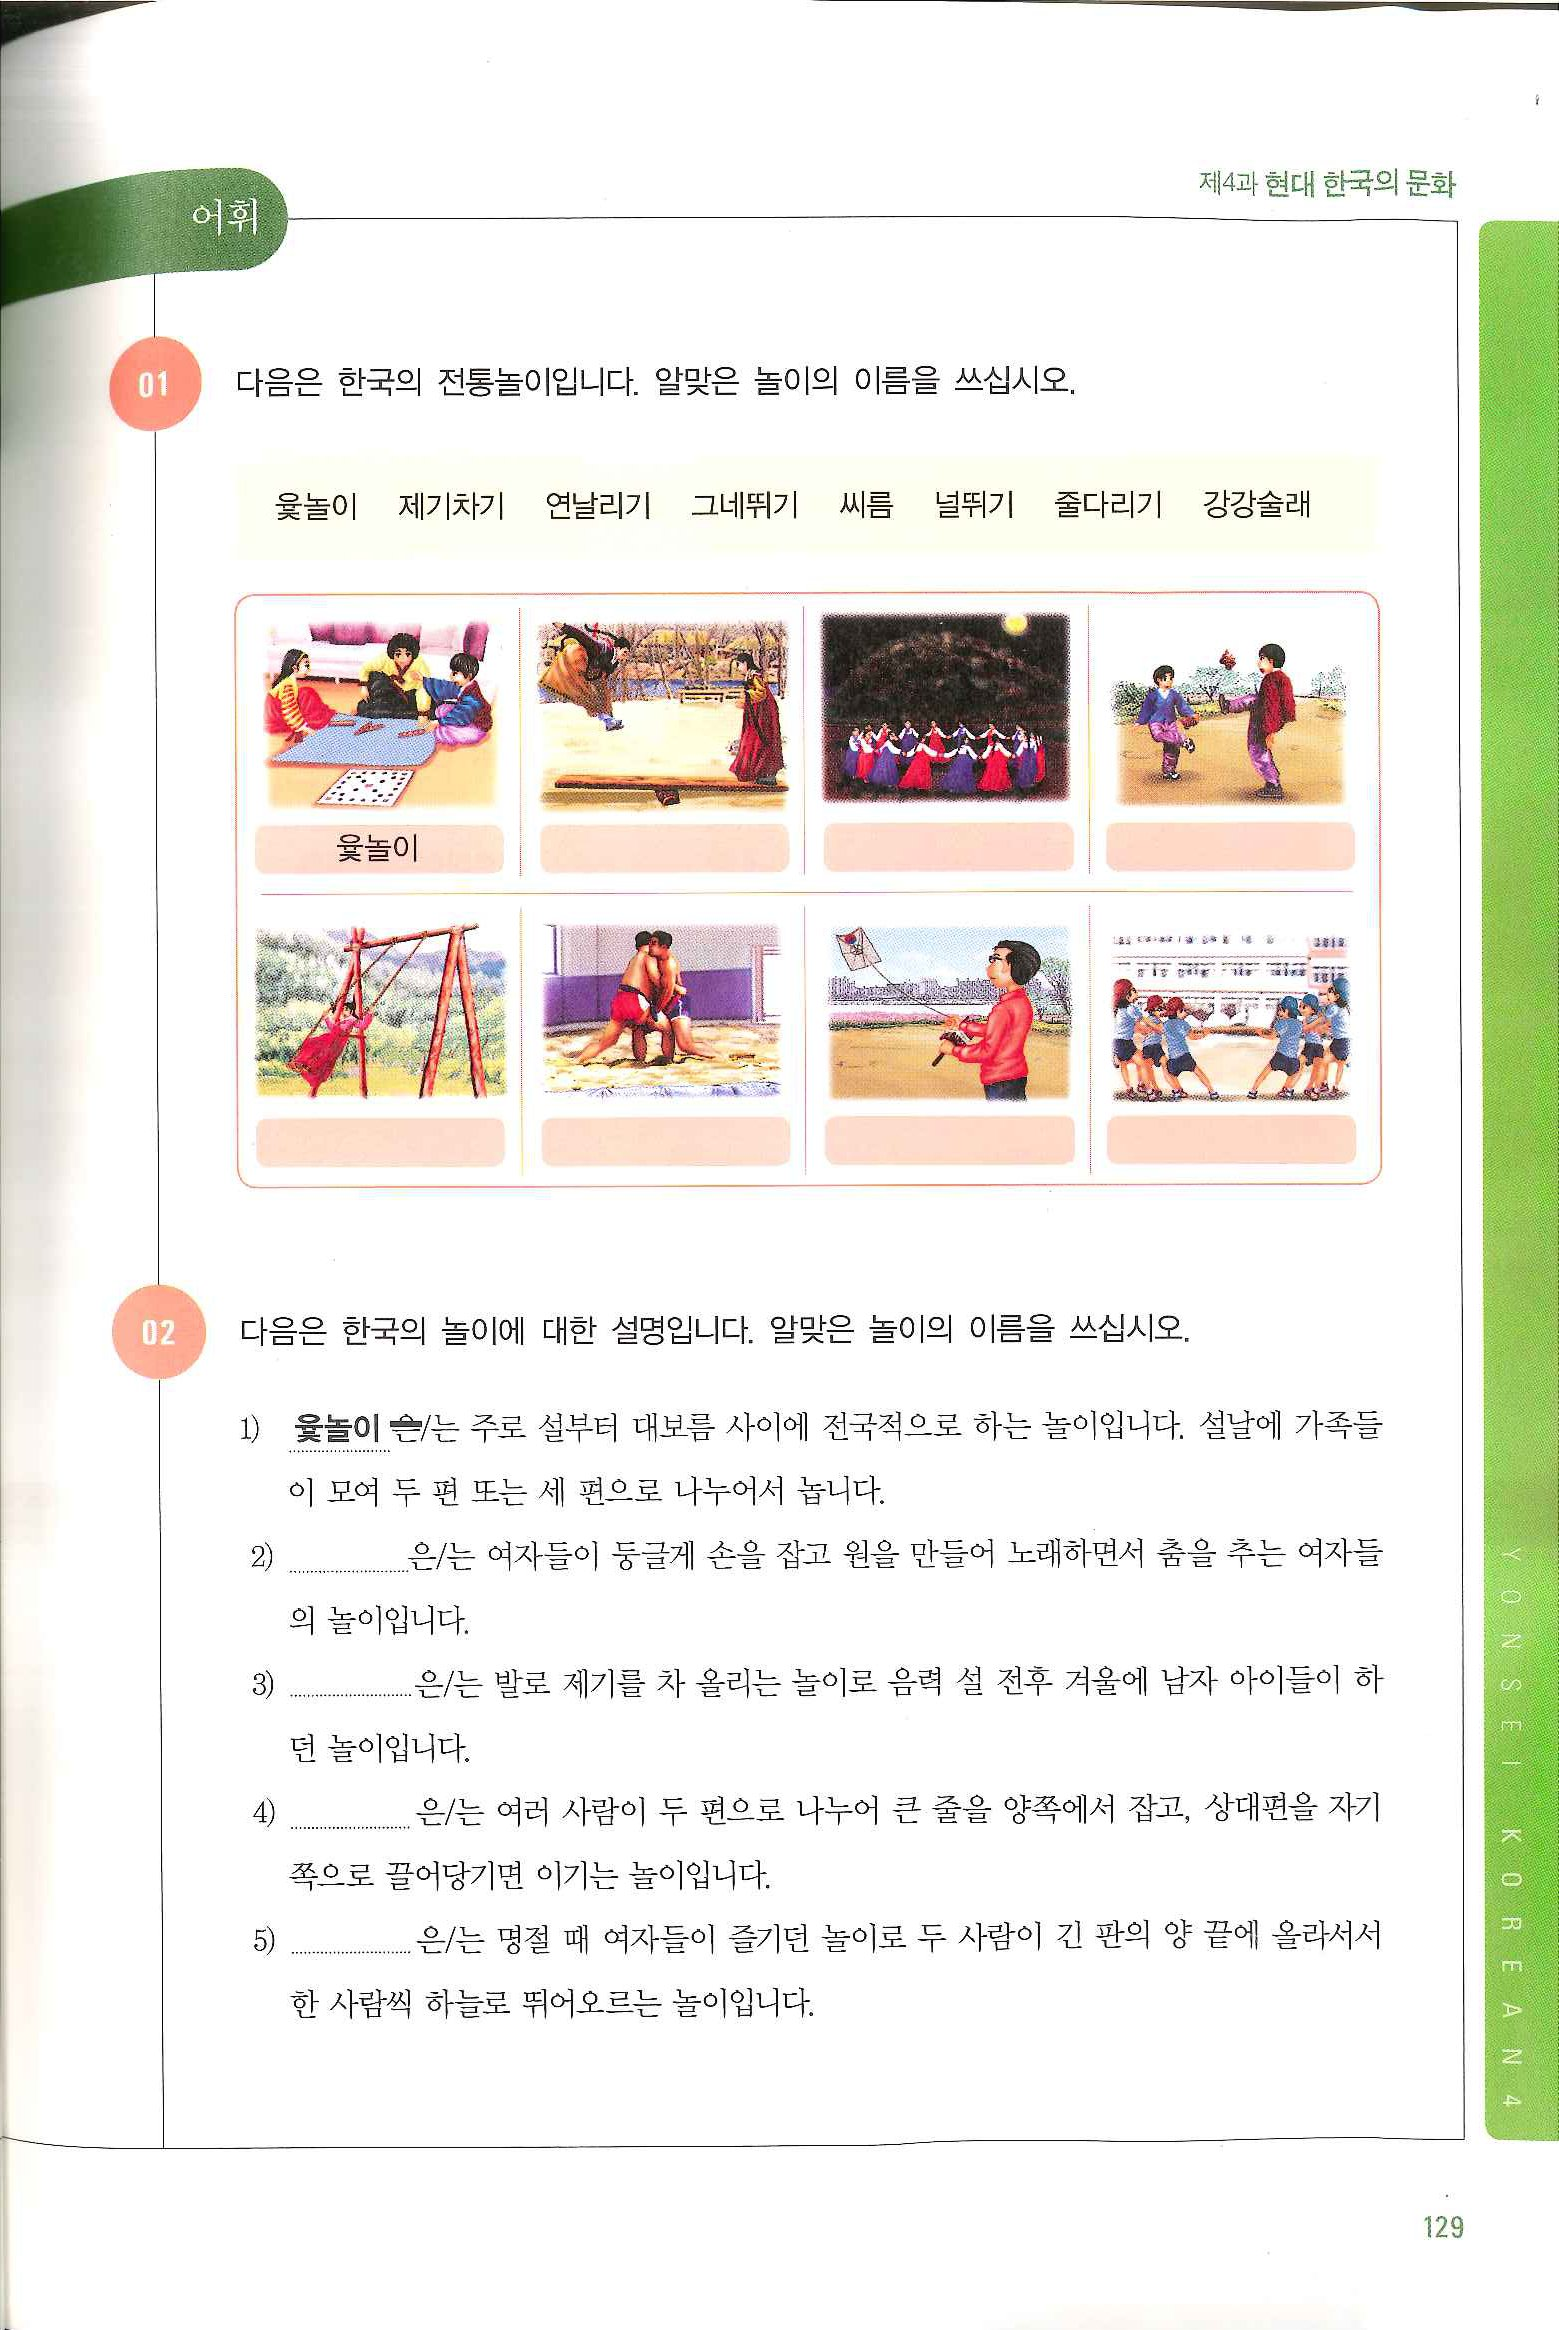
Language: ko